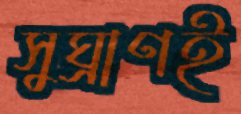
সুঘ্রাণই